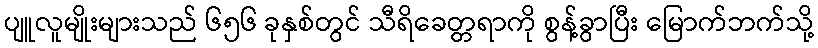
ပျူလူမျိုးများသည် ၆၅၆ ခုနှစ်တွင် သီရိခေတ္တရာကို စွန့်ခွာပြီး မြောက်ဘက်သို့